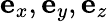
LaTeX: \mathbf{e}_{x},\mathbf{e}_{y},\mathbf{e}_{z}